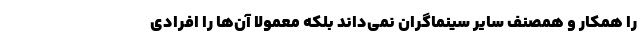
را همکار و همصنف سایر سینماگران نمی‌داند بلکه معمولا آن‌ها را افرادی